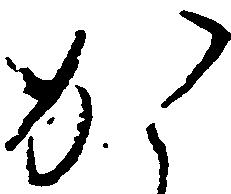
か